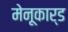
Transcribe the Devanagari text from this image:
मेनूकार्ड